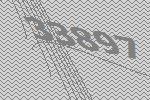
33897